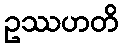
ဥဿဟတိ